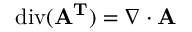
\operatorname { d i v } ( \mathbf { A ^ { T } } ) = \nabla \cdot \mathbf { A }